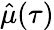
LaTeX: \hat{\mu}(\tau)